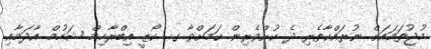
މުޖުތަމައަށް ނުރައްކާތެރި ދެ ކުށްވެރިން ކަމަށްވާ ގ. ކޯޒީ އިބްރާހިމް ޝަހުމް އާދަމާއި